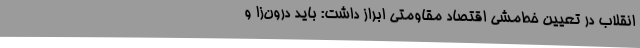
انقلاب در تعیین خط‌مشی اقتصاد مقاومتی ابراز داشت: باید درون‌زا و